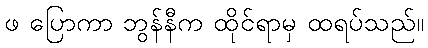
ဖ ပြောကာ ဘွန်နီက ထိုင်ရာမှ ထရပ်သည်။